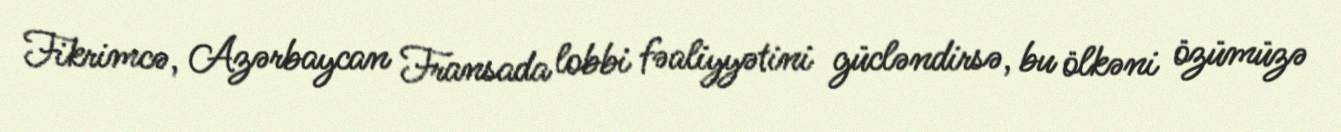
Fikrimcə, Azərbaycan Fransada lobbi fəaliyyətini gücləndirsə, bu ölkəni özümüzə